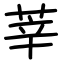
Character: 莘